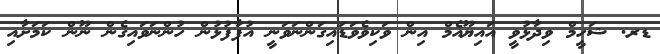
ޑރ. ޝަހީމް ވިދާޅުވީ އައިޔޫއެމް އިން ވަކިވެވަޑައިގަންނަވަނީ އުފާފުޅުން ހުންނަވައިގެން ނޫން ކަމަށާއި